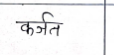
मजकूर: कर्जत